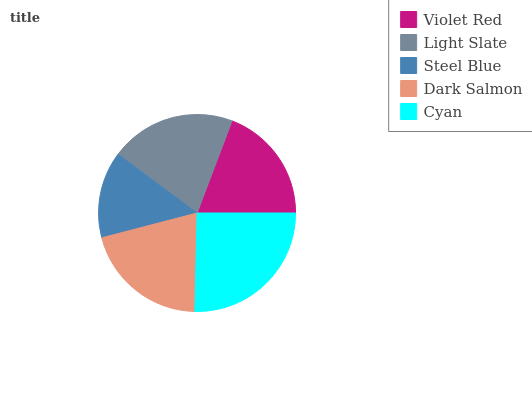
| Violet Red | Light Slate | Steel Blue | Dark Salmon | Cyan |
 | --- | --- | --- | --- | --- |
 | 19.3% | 20.6% | 14.2% | 20.6% | 25.3% |